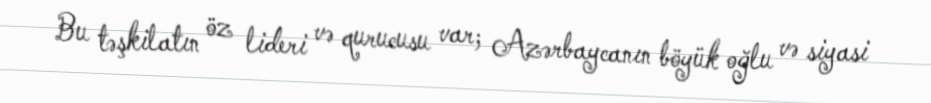
Bu təşkilatın öz lideri və qurucusu var; Azərbaycanın böyük oğlu və siyasi